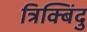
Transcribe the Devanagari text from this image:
त्रिक्बिंदु